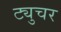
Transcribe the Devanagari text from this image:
ट्युचर